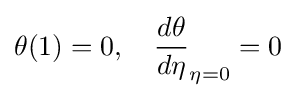
\theta (1)=0,\quad {\frac {d\theta }{d\eta }}_{\eta =0}=0